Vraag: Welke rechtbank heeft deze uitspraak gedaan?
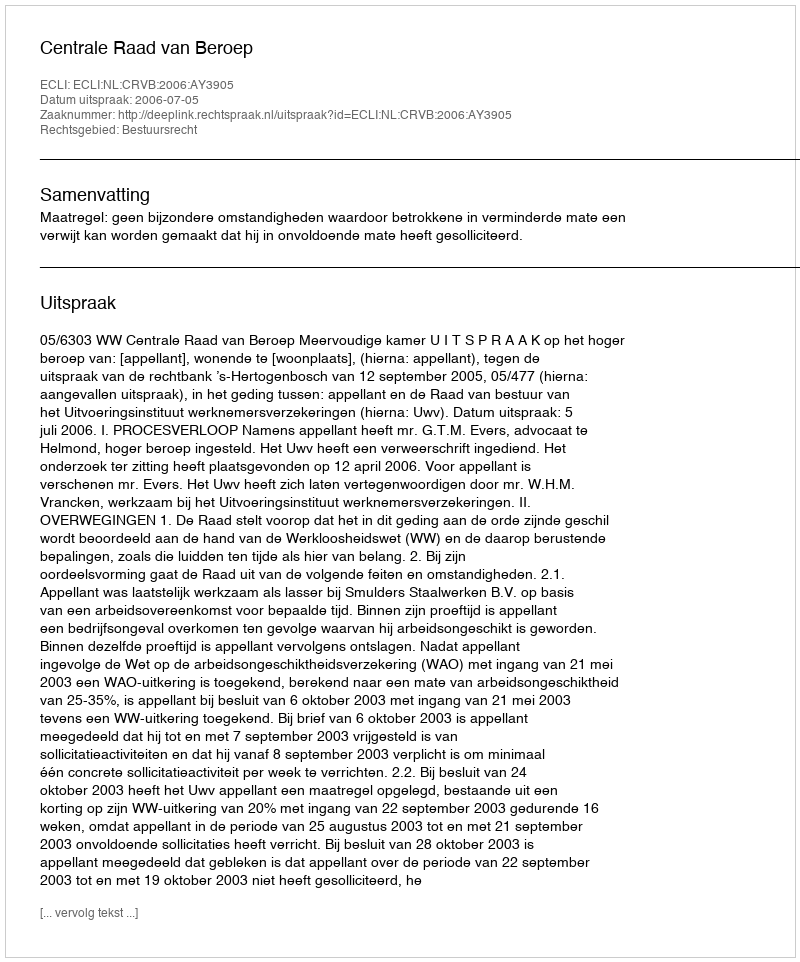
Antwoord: Centrale Raad van Beroep